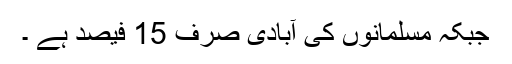
جبکہ مسلمانوں کی آبادی صرف 15 فیصد ہے ۔